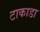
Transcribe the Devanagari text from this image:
टाकाडा